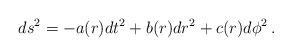
LaTeX: \begin{align*}ds^{2} = -a(r)dt^{2} + b(r)dr^{2} + c(r)d\phi^{2} \,.\end{align*}